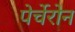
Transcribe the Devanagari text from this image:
पेर्चेरोन